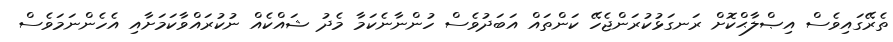
ތެރޭގައިވެސް އިޞްލާޙްކޮށް ރަނގަޅުކުރަންޖެހޭ ކަންތައް އަބަދުވެސް ހުންނާނެކަމާ މެދު ޝައްކެއް ނުކުރައްވާކަމަށާއި އެހެންނަމަވެސް